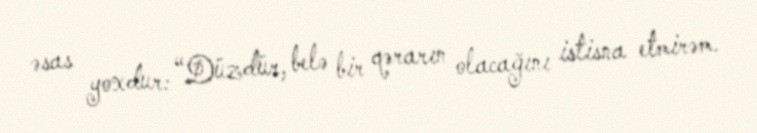
əsas yoxdur: “Düzdür, belə bir qərarın olacağını istisna etmirəm.